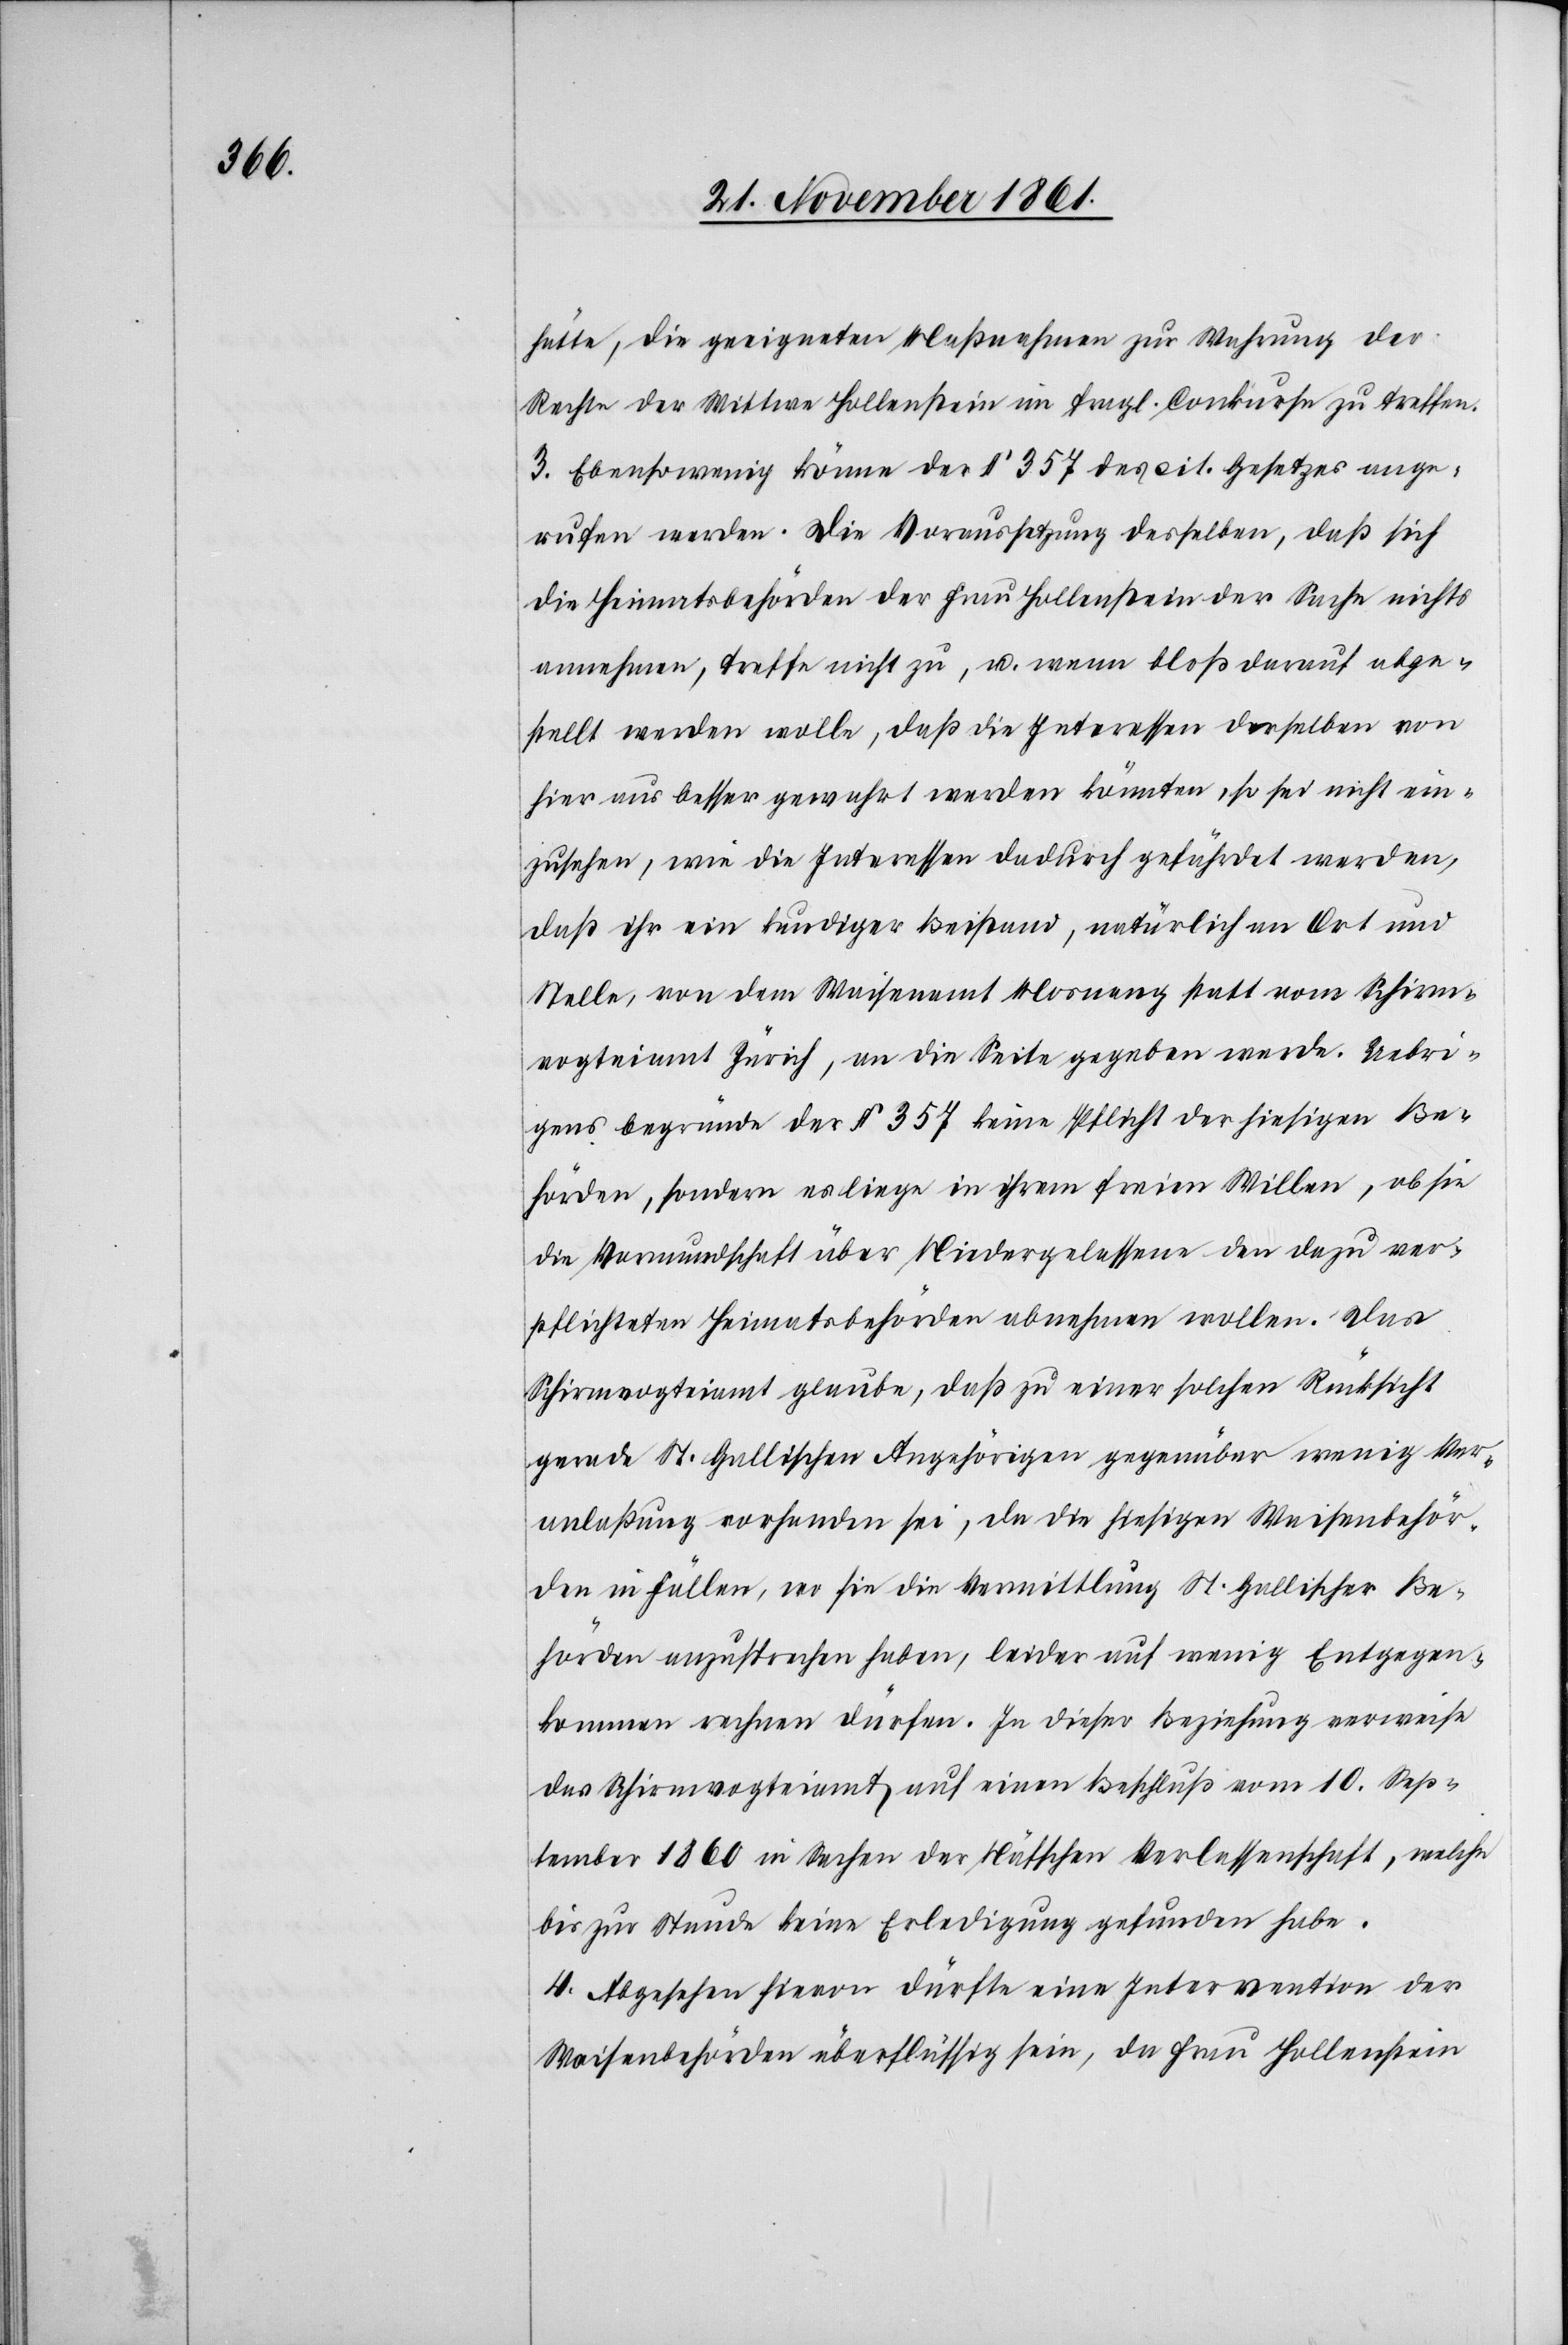
hätte, die geeigneten Maßnahmen zur Wahrung der
Rechte der Wittwe Hollenstein im fragl. Conkurse zu treffen.
3. Ebensowenig könne der § 357 des cit. Gesetzes ange¬
rufen werden. Die Voraussetzung desselben, daß sich
die Heimatsbehörden der Frau Hollenstein der Sache nichts
annehmen, treffe nicht zu, u. wenn bloß darauf abge¬
stellt werden wolle, daß die Interessen derselben von
hier aus besser gewahrt werden könnten, so sei nicht ein¬
zusehen, wie die Interessen dadurch gefährdet werden,
daß ihr ein kundiger Beistand, natürlich an Ort und
Stelle, von dem Waisenamt Mosnang statt vom Schirm¬
vogteiamt Zürich, an die Seite gegeben werde. Uebri¬
gens begründe der § 357 keine Pflicht der hiesigen Be¬
hörden, sondern es liege in ihrem freien Willen, ob sie
die Vormundschaft über Niedergelassene den dazu ver¬
pflichteten Heimatsbehörden abnehmen wollen. Das
Schirmvogteiamt glaube, daß zu einer solchen Rücksicht
gerade St. Gallischen Angehörigen gegenüber wenig Ver¬
anlaßung vorhanden sei, da die hiesigen Waisenbehör¬
den in Fällen, wo sie die Vermittlung St. Gallischer Be¬
hörden anzusprechen haben, leider auf wenig Entgegen¬
kommen rechnen dürfen. In dieser Beziehung verweise
das Schirmvogteiamt auf einen Beschluß vom 10 Sep¬
tember 1860 in Sachen der Näfschen Verlassenschaft, welche
bis zur Stunde keine Erledigung gefunden habe.
4. Abgesehen hievon dürfte eine Intervention der
Waisenbehörden überflüssig sein, da Frau Hollenstein